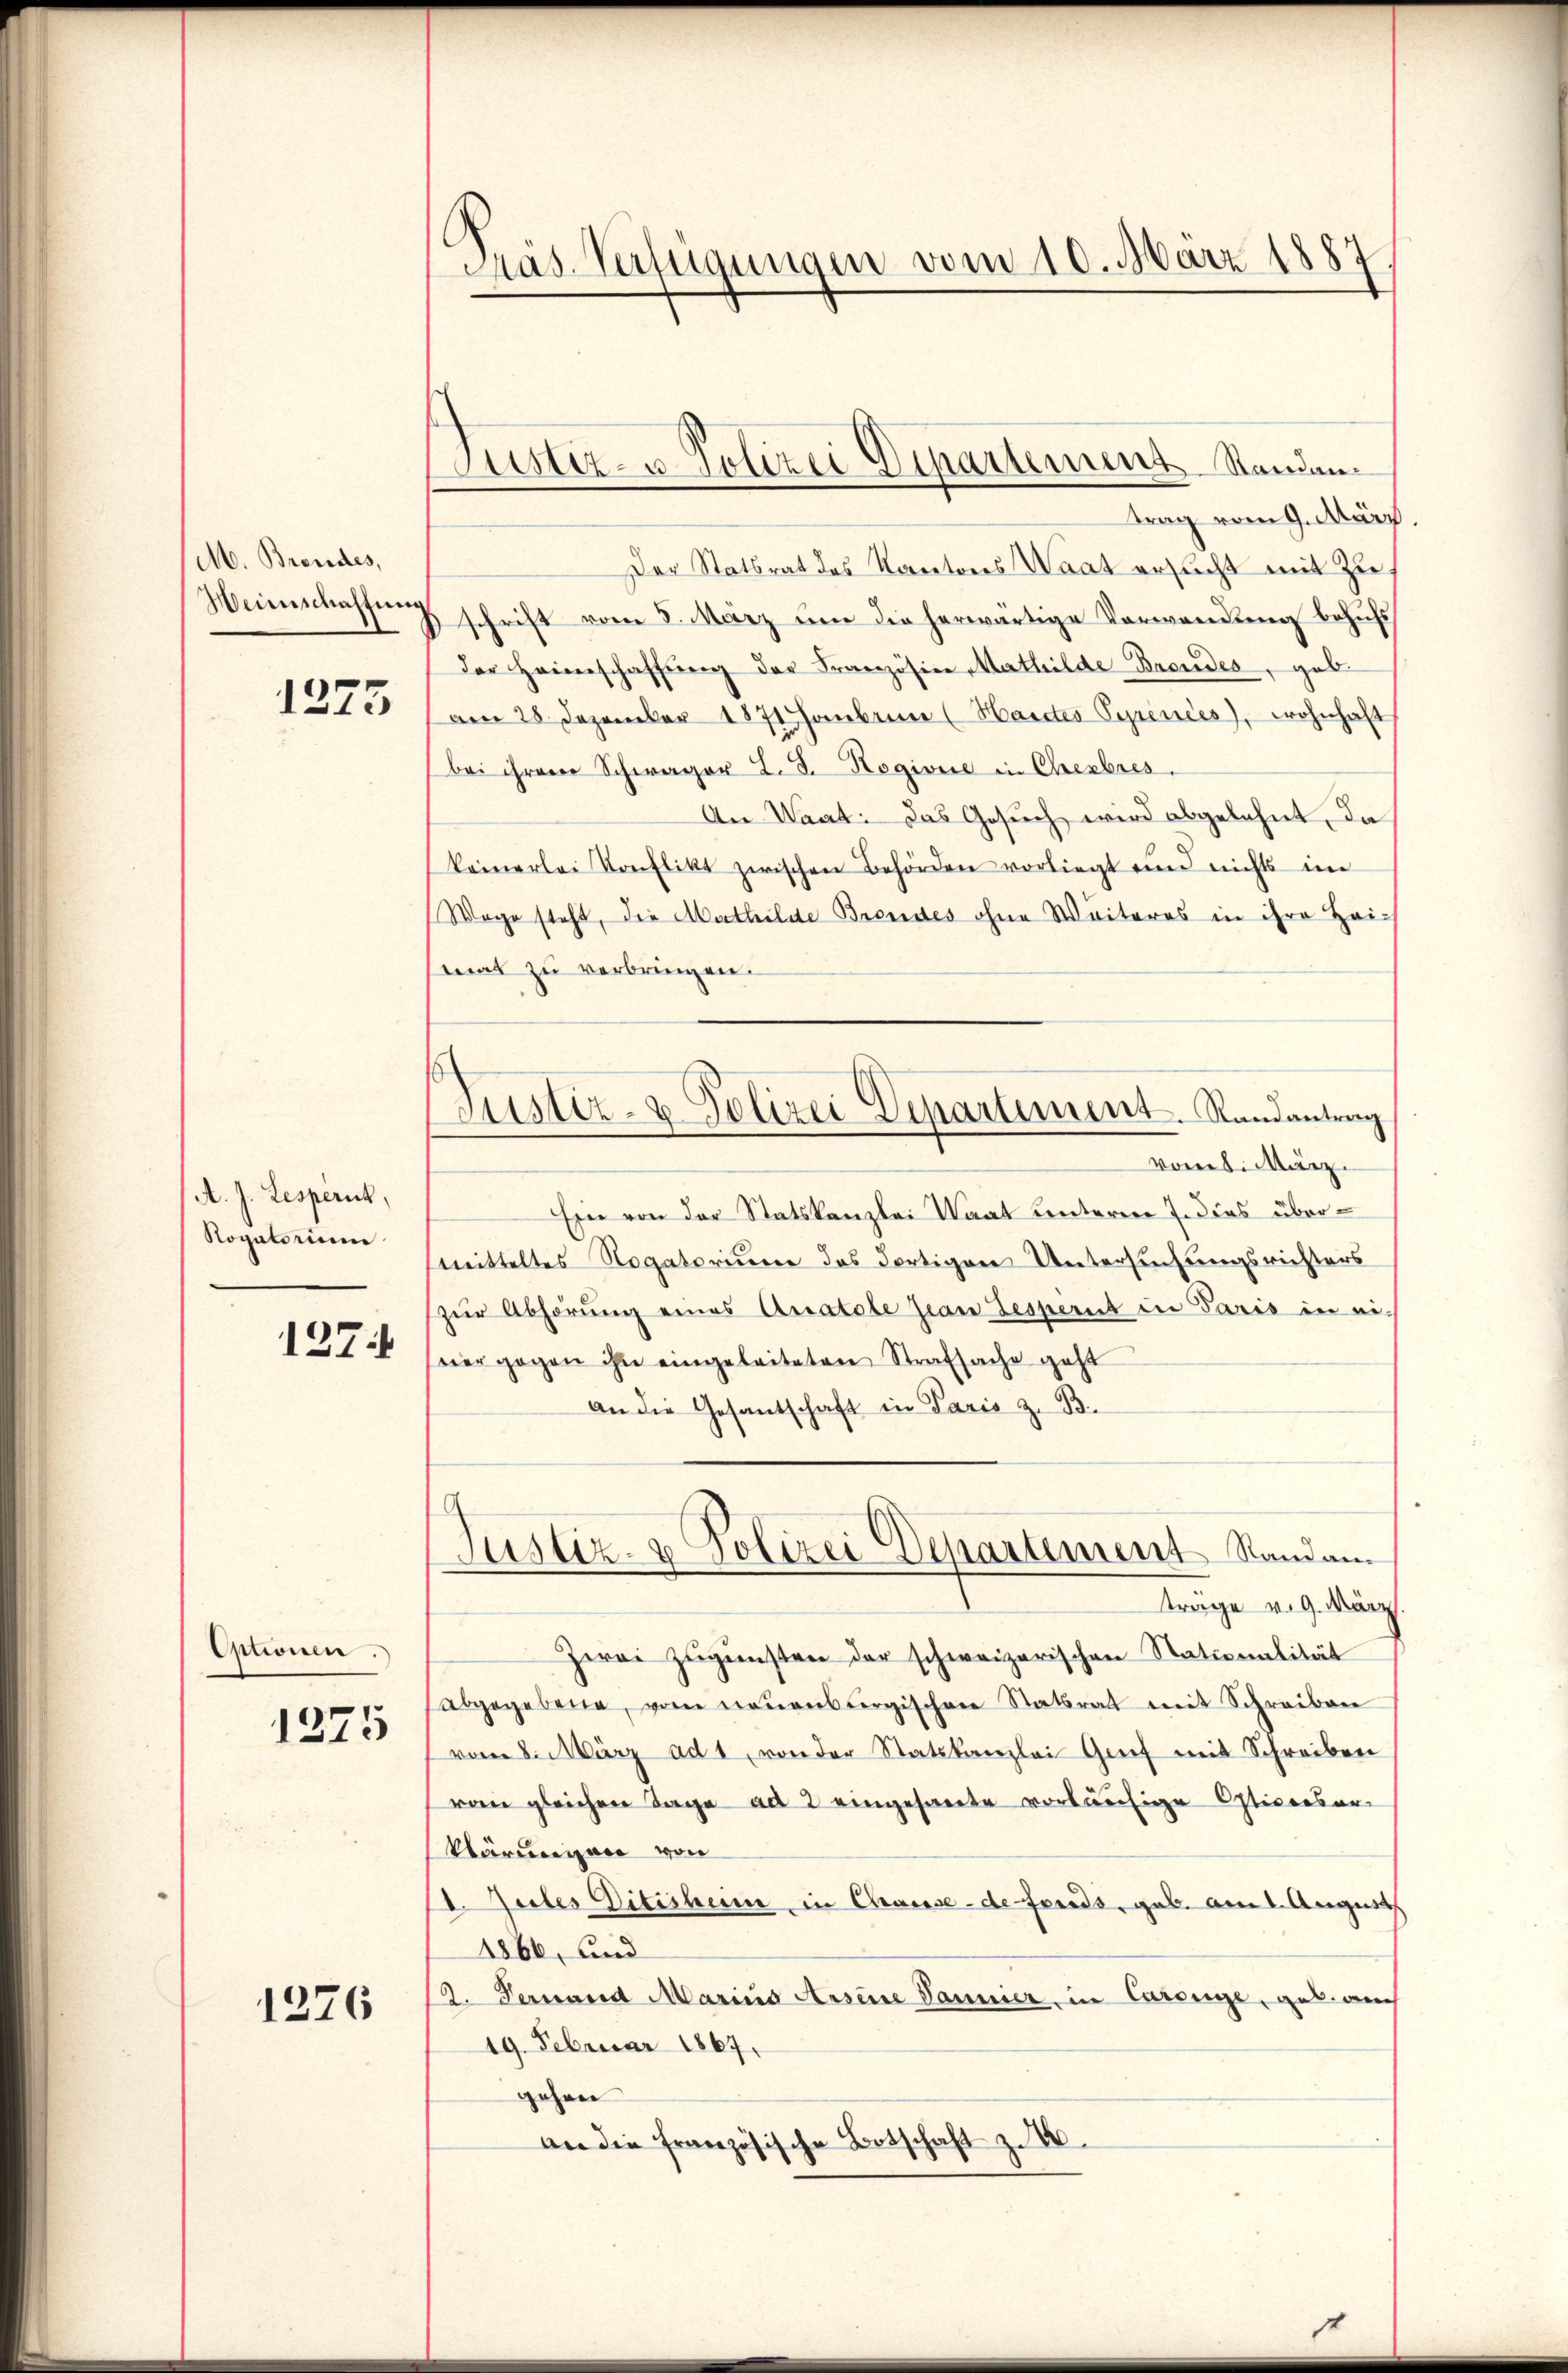
M. Brendes,
Weinschaffung
1275

A. J. Lesperit,
Rogatorium
1274

Optionen.
1275

1276

Pras. Verfügungen vom 10. März 1887

Justiz- u. Polizei Departement Standan¬

Justiz- u. Polizei Departement. Randantrag

trag vom 9. März
Der Statsrat des Kantones Waat ersucht mit Zu
schrift vom 5. März um die herwärtige Verwendung behufs
der Heimschaffŭng der Französine Mathilde Brondes, geb
am 28 Dezember 1871 Hauben (Handes Syrinées, wohnhaft
bei ihrem Schwager L. d. Rogivie in Cherbres.
An Waat: das Gesuch wird abgelehnt, da
keinerlei Konflikt zwischen Behörden vorliegt und nichts im
Wage steht, die Mathilde Brendes ohne Weiteres in ihre Heimat zu verbringen.
vorben März
Ein von der Statskanzlei Waat unteren J. dies übermitteltes Rogatorium des dortigen Untersuchungsrichters
zŭr Abhörung eines Anatole Jean Jesperit in Paris in eivier gegen ihn eingeleiteten Strafsache geht
an die Gesantschaft in Paris z. B.
Justiz- & Polizei Departement Standam
trage v. 9. März
Zwei Zugunsten der schweizerischen Stationalität
abgegebene, vom neuensbergischen Statsrath mit Schreiben
vom 8. März ad 1, von der Statskanzlei Grief mit Schreiben
ran gleichen Tage ad 2 eingesamte vorläufige Opticaesar-
klärungen von
I. Jeder Ditisheim, in Chause - de fonds, geb. am 1. August
1866, und
2. Verwand Marius Auseine Danier, in Caronge, geb. auch
19. Februar 1867.
gehen
an die französische Botschaft z. 10.